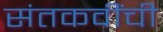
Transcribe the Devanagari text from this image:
संतकवींची